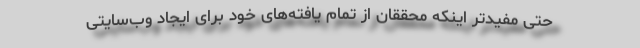
حتی مفیدتر اینکه محققان از تمام یافته‌های خود برای ایجاد وب‌سایتی